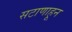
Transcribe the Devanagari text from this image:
सटाणाहून